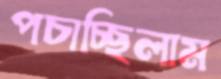
পচাচ্ছিলাম